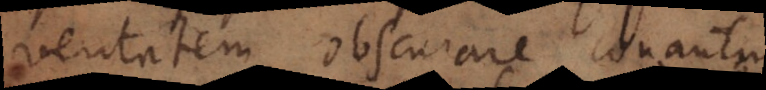
veritatem obscurare conantur.